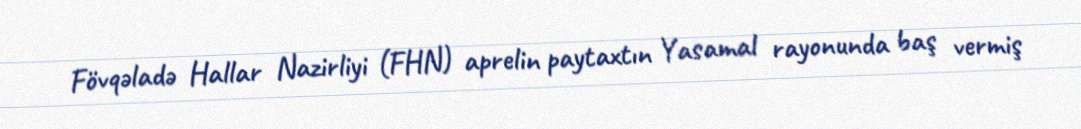
Fövqəladə Hallar Nazirliyi (FHN) aprelin paytaxtın Yasamal rayonunda baş vermiş